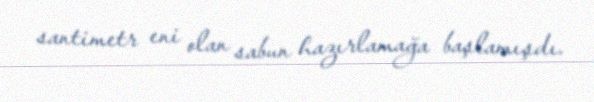
santimetr eni olan sabun hazırlamağa başlamışdı.